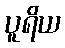
ပူရိယ